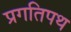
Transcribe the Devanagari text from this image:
प्रगतिपथ